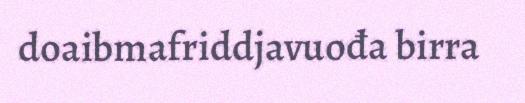
doaibmafriddjavuođa birra